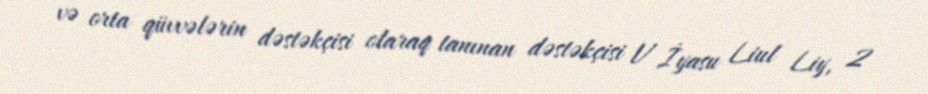
və orta qüvvələrin dəstəkçisi olaraq tanınan dəstəkçisi V İyasu Liul Liy, 2